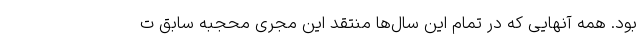
بود. همه آنهایی که در تمام این سال‌ها منتقد این مجری محجبه سابق ت